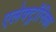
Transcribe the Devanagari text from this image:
एलेक्ट्रॉनिका